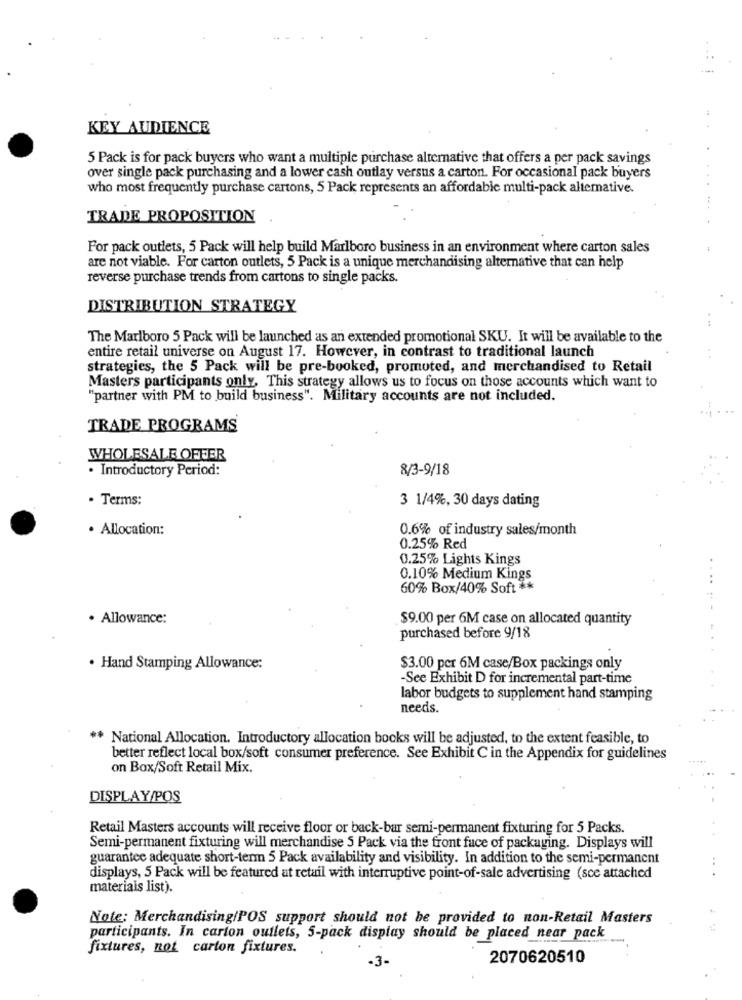
KEY AUDIENCE
5 Pack is for pack buyers who want a multiple purchase alternative that offers a per pack savings
over single pack purchasing and a lower cash outlay versus a carton. For occasional pack buyers
who most frequently purchase cartons, 5 Pack represents an affordable multi-pack alternative.
TRADE PROPOSITION
For pack outlets, 5 Pack will help build Marlboro business in an environment where carton sales
are not viable. For carton outlets, 5 Pack is a unique merchandising alternative that can help
reverse purchase trends from cartons to single packs.
DISTRIBUTION STRATEGY
The Marlboro 5 Pack will be launched as an extended promotional SKU. It will be available to the
entire retail universe on August 17. However, in contrast to traditional launch
strategies, the 5 Pack will be pre-booked, promoted, and merchandised to Retail
Masters participants only. This strategy allows us to focus on those accounts which want to
"partner with PM to build business". Military accounts are not included.
TRADE PROGRAMS
WHOLESALE OFFER
. Introductory Period:
8/3-9/18
· Terms:
3 1/4%, 30 days dating
· Allocation:
0.6% of industry sales/month
0.25% Red
0.25% Lights Kings
0.10% Medium Kings
....
60% Box/40% Soft **
· Allowance:
$9.00 per 6M case on allocated quantity
purchased before 9/18
· Hand Stamping Allowance:
$3.00 per 6M case/Box packings only
-See Exhibit D for incremental part-time
labor budgets to supplement hand stamping
needs.
** National Allocation. Introductory allocation books will be adjusted, to the extent feasible, to
better reflect local box/soft consumer preference. See Exhibit C in the Appendix for guidelines
on Box/Soft Retail Mix.
DISPLAY/POS
Retail Masters accounts will receive floor or back-bar semi-permanent fixturing for 5 Packs.
Semi-permanent fixturing will merchandise 5 Pack via the front face of packaging. Displays will
guarantee adequate short-term 5 Pack availability and visibility. In addition to the semi-permanent
displays, 5 Pack will be featured at retail with interruptive point-of-sale advertising (sce attached
materiais list).
Note: Merchandising/POS support should not be provided to non-Retail Masters
participants. In carton outlets, 5-pack display should be placed near pack
fixtures, not carton fixtures.
-3-
2070620510